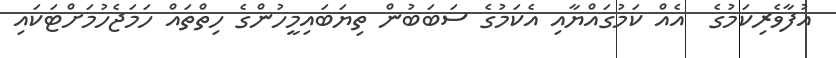
އުފާވެރިކަމުގެ  އެއް ކަމުގައްޔާއި އެކަމުގެ ސަބަބުން ތިޔަބައިމީހުންގެ ހިތްތައް ހަމަޖެހުމަށްޓަކައި